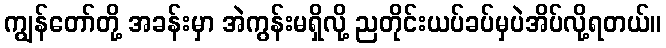
ကျွန်တော်တို့ အခန်းမှာ အဲကွန်းမရှိလို့ ညတိုင်းယပ်ခပ်မှပဲအိပ်လို့ရတယ်။